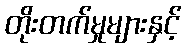
တိုးတက်မှုများနှင့်